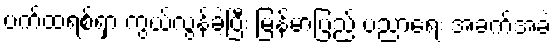
ပက်ထရစ်ရှာ ကွယ်လွန်ခဲ့ပြီး မြန်မာပြည် ပညာရေး အခက်အခဲ